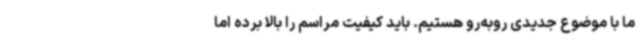
ما با موضوع جدیدی روبه‌رو هستیم. باید کیفیت مراسم را بالا برده اما